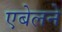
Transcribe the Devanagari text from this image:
एबेलने